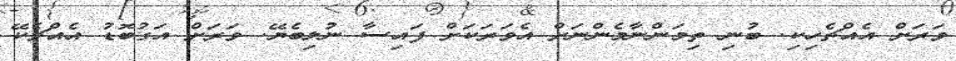
ވަރަށް އެއްޗެހިކި. ބުނި ތިމަންނާމެންނަށް އެވަރަކަށް ފައިސާ ނުލިބެޔޭ. ވަރަށް އަގުބޮޑު އެއްޗެކޭ